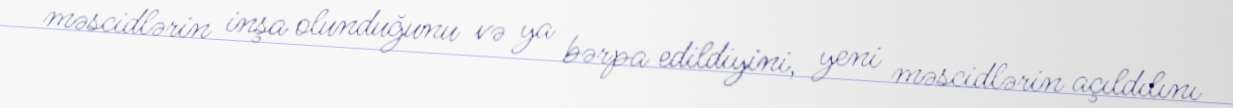
məscidlərin inşa olunduğunu və ya bərpa edildiyini, yeni məscidlərin açıldılını